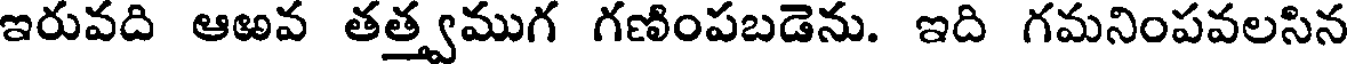
ఇరువది ఆఱవ తత్త్వముగ గణింపబడెను. ఇది గమనింపవలసిన